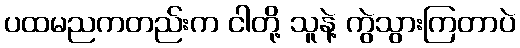
ပထမညကတည်းက ငါတို့ သူနဲ့ ကွဲသွားကြတာပဲ